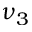
\nu _ { 3 }